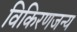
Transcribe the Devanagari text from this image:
विकिरणजन्य